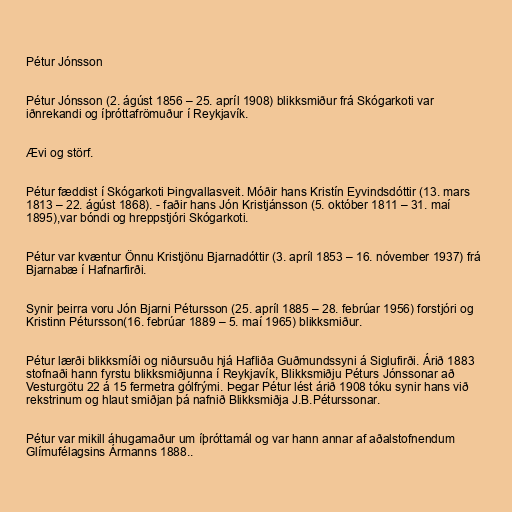
Pétur Jónsson

Pétur Jónsson (2. ágúst 1856 – 25. apríl 1908) blikksmiður frá Skógarkoti var
iðnrekandi og íþróttafrömuður í Reykjavík.

Ævi og störf.

Pétur fæddist í Skógarkoti Þingvallasveit. Móðir hans Kristín Eyvindsdóttir (13. mars
1813 – 22. ágúst 1868). - faðir hans Jón Kristjánsson (5. október 1811 – 31. maí
1895),var bóndi og hreppstjóri Skógarkoti.

Pétur var kvæntur Önnu Kristjönu Bjarnadóttir (3. apríl 1853 – 16. nóvember 1937) frá
Bjarnabæ í Hafnarfirði.

Synir þeirra voru Jón Bjarni Pétursson (25. apríl 1885 – 28. febrúar 1956) forstjóri og
Kristinn Pétursson(16. febrúar 1889 – 5. maí 1965) blikksmiður.

Pétur lærði blikksmíði og niðursuðu hjá Hafliða Guðmundssyni á Siglufirði. Árið 1883
stofnaði hann fyrstu blikksmiðjunna í Reykjavík, Blikksmiðju Péturs Jónssonar að
Vesturgötu 22 á 15 fermetra gólfrými. Þegar Pétur lést árið 1908 tóku synir hans við
rekstrinum og hlaut smiðjan þá nafnið Blikksmiðja J.B.Péturssonar.

Pétur var mikill áhugamaður um íþróttamál og var hann annar af aðalstofnendum
Glímufélagsins Ármanns 1888..